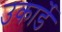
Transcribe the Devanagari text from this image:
उकार्डे